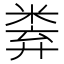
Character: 𥹻